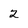
Character: 2